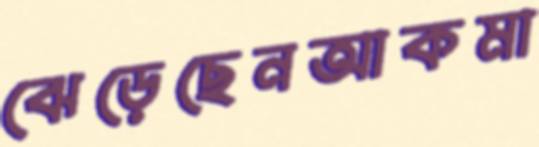
ঝেড়েছেনআকমা